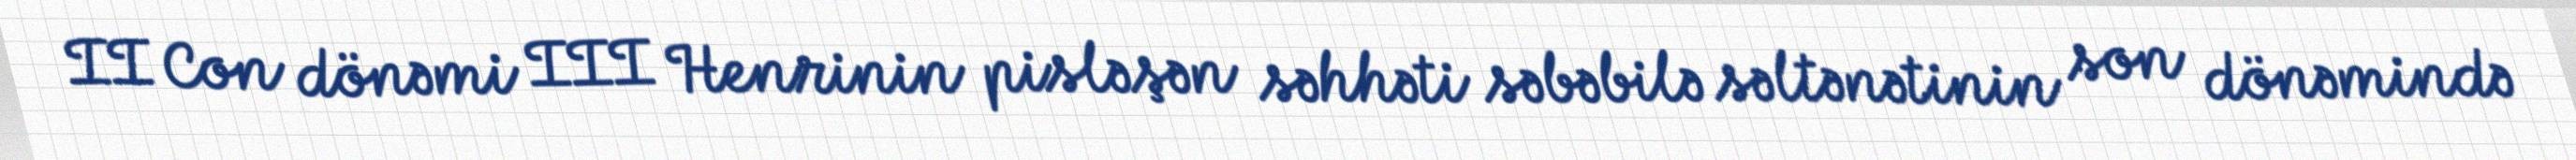
II Con dönəmi III Henrinin pisləşən səhhəti səbəbilə səltənətinin son dönəmində